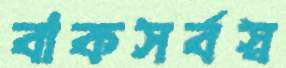
বাকসর্বস্ব